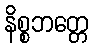
နိစ္စဘတ္တေ